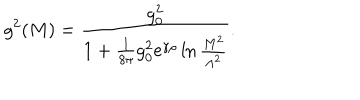
g ^ { 2 } ( M ) = { \frac { g _ { 0 } ^ { 2 } } { 1 + { \frac { 1 } { 8 \pi } } g _ { 0 } ^ { 2 } \mathrm { e } ^ { \gamma \rho } \ln { \frac { M ^ { 2 } } { \Lambda ^ { 2 } } } } } .